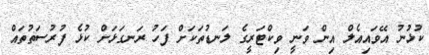
ކުޅުނު އޭވައިއެލް އިން ވަނީ ވިކްޓަރީގެ ލަނޑުތަކަށް ފަހު ރަނގަޅަށް ކުޅެ ފުރުސަތުތައް